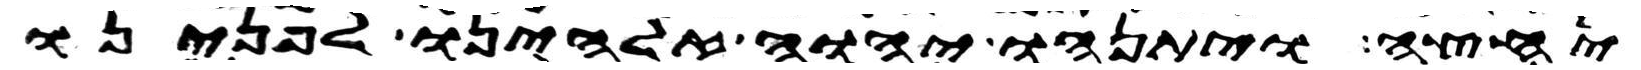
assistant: יחצה ויתנהו יהוה אלהינו לפנינו